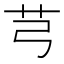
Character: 芎